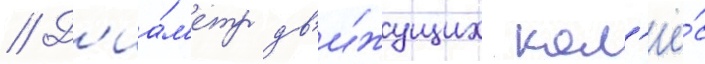
// Д'иа́м'етр дв'и́жущих кол'ё́с